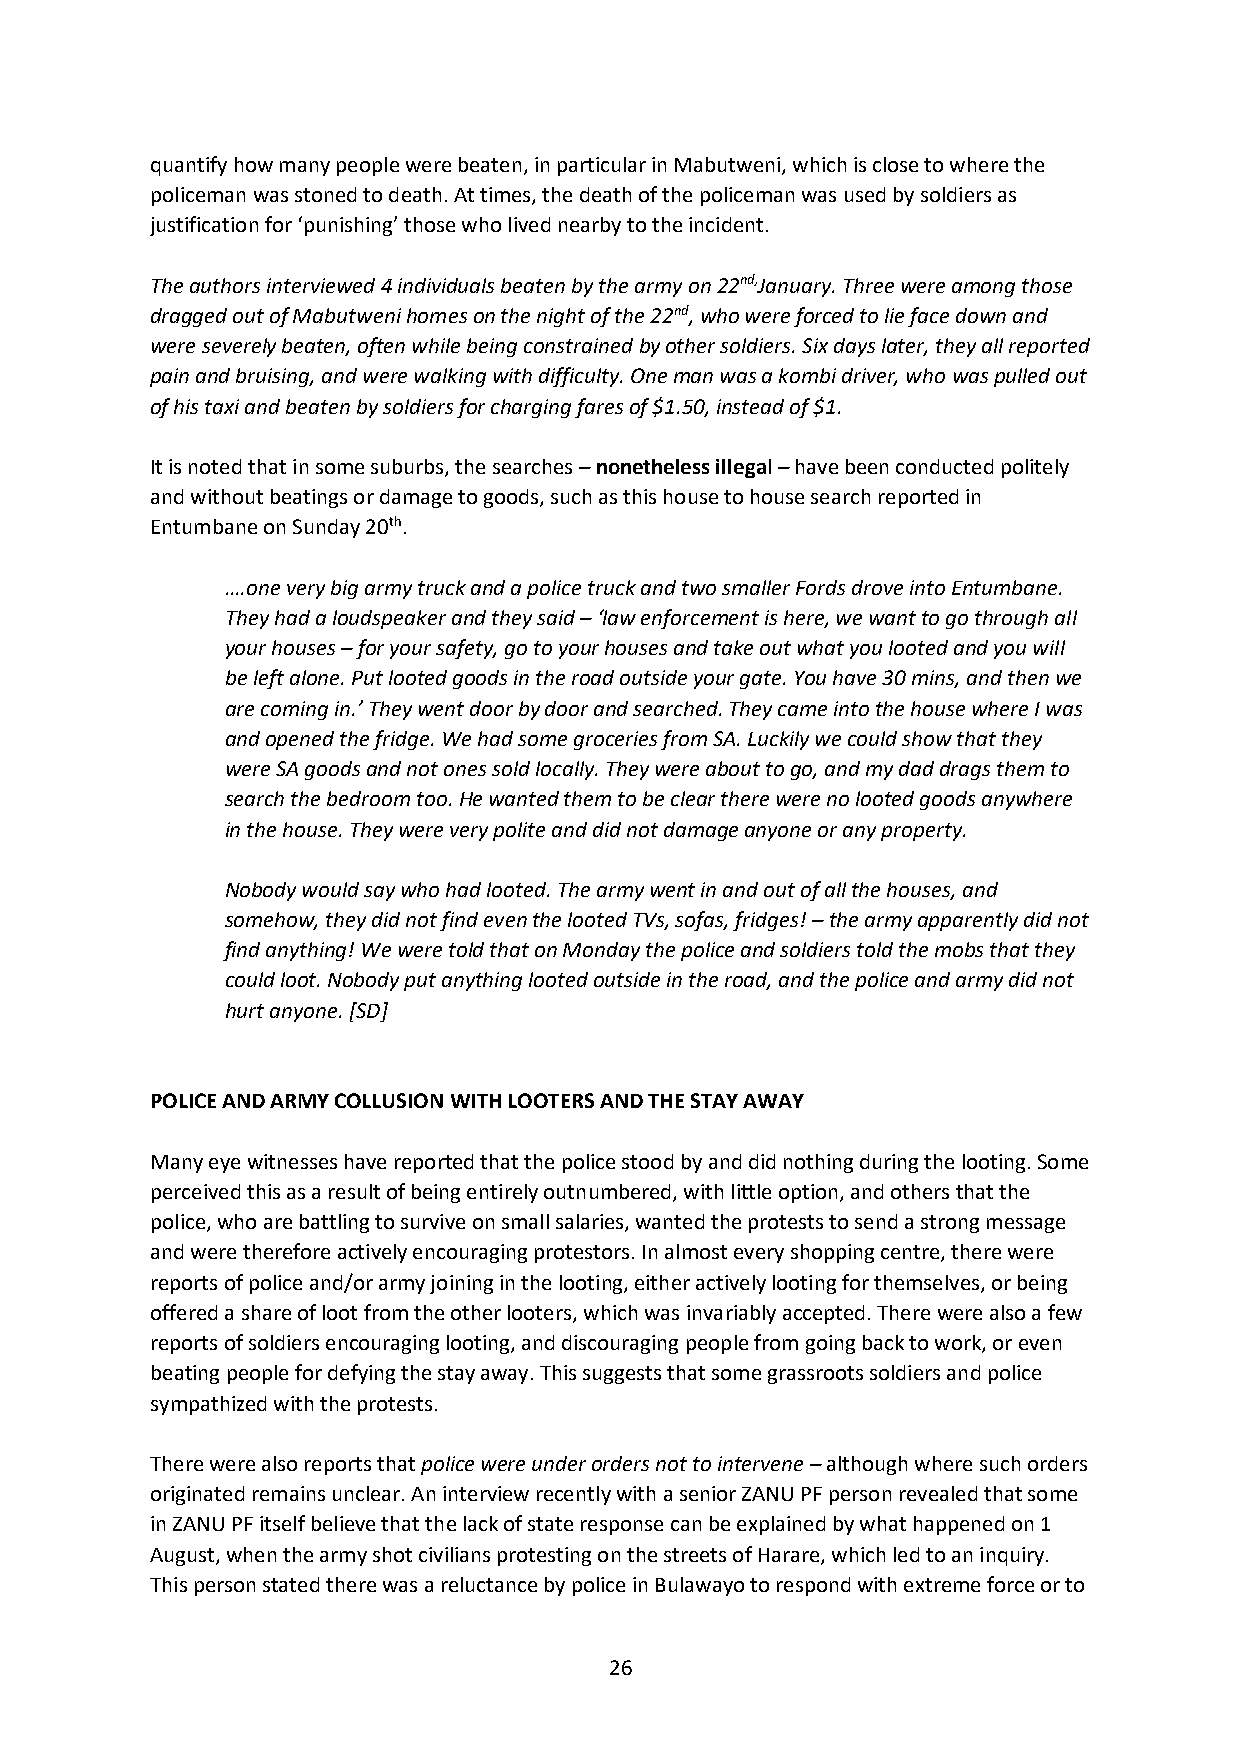
quantify how many people were beaten, in particular in Mabutweni, which is close to where the
 policeman was stoned to death. At times, the death of the policeman was used by soldiers as
 justification for ‘punishing’ those who lived nearby to the incident.
 The authors interviewed 4 individuals beaten by the army on 22nd,January. Three were among those
 dragged out of Mabutweni homes on the night of the 22nd, who were forced to lie face down and
 were severely beaten, often while being constrained by other soldiers. Six days later, they all reported
 pain and bruising, and were walking with difficulty. One man was a kombi driver, who was pulled out
 of his taxi and beaten by soldiers for charging fares of $1.50, instead of $1.
 It is noted that in some suburbs, the searches – nonetheless illegal – have been conducted politely
 and without beatings or damage to goods, such as this house to house search reported in
 Entumbane on Sunday 20th.
 ….one very big army truck and a police truck and two smaller Fords drove into Entumbane.
 They had a loudspeaker and they said – ‘law enforcement is here, we want to go through all
 your houses – for your safety, go to your houses and take out what you looted and you will
 be left alone. Put looted goods in the road outside your gate. You have 30 mins, and then we
 are coming in.’ They went door by door and searched. They came into the house where I was
 and opened the fridge. We had some groceries from SA. Luckily we could show that they
 were SA goods and not ones sold locally. They were about to go, and my dad drags them to
 search the bedroom too. He wanted them to be clear there were no looted goods anywhere
 in the house. They were very polite and did not damage anyone or any property.
 Nobody would say who had looted. The army went in and out of all the houses, and
 somehow, they did not find even the looted TVs, sofas, fridges! – the army apparently did not
 find anything! We were told that on Monday the police and soldiers told the mobs that they
 could loot. Nobody put anything looted outside in the road, and the police and army did not
 hurt anyone. [SD]
 POLICE AND ARMY COLLUSION WITH LOOTERS AND THE STAY AWAY
 Many eye witnesses have reported that the police stood by and did nothing during the looting. Some
 perceived this as a result of being entirely outnumbered, with little option, and others that the
 police, who are battling to survive on small salaries, wanted the protests to send a strong message
 and were therefore actively encouraging protestors. In almost every shopping centre, there were
 reports of police and/or army joining in the looting, either actively looting for themselves, or being
 offered a share of loot from the other looters, which was invariably accepted. There were also a few
 reports of soldiers encouraging looting, and discouraging people from going back to work, or even
 beating people for defying the stay away. This suggests that some grassroots soldiers and police
 sympathized with the protests.
 There were also reports that police were under orders not to intervene – although where such orders
 originated remains unclear. An interview recently with a senior ZANU PF person revealed that some
 in ZANU PF itself believe that the lack of state response can be explained by what happened on 1
 August, when the army shot civilians protesting on the streets of Harare, which led to an inquiry.
 This person stated there was a reluctance by police in Bulawayo to respond with extreme force or to
 26